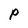
Character: P